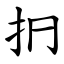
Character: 㧇